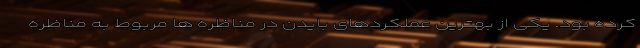
کرده بود. یکی از بهترین عملکردهای بایدن در مناظره ها مربوط به مناظره